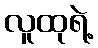
လူထုရဲ့